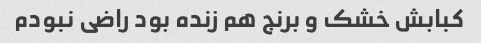
کبابش خشک و برنج هم زنده بود راضی نبودم